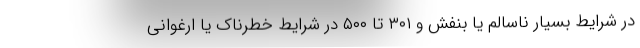
در شرایط بسیار ناسالم یا بنفش و ۳۰۱ تا ۵۰۰ در شرایط خطرناک یا ارغوانی